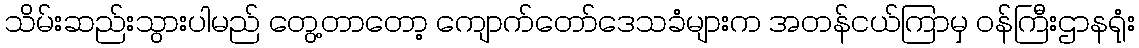
သိမ်းဆည်းသွားပါမည် တွေ့တာတော့ ကျောက်တော်ဒေသခံများက အတန်ငယ်ကြာမှ ဝန်ကြီးဌာနရုံး